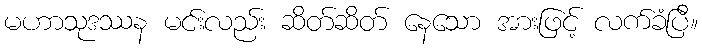
မဟာသုဒဿန မင်းလည်း ဆိတ်ဆိတ် နေသော အားဖြင့် လက်ခံပြီ။